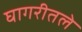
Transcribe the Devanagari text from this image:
घागरीतले